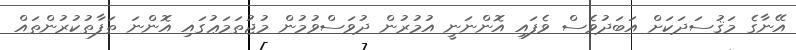
އޭނާގެ މަޤުސަދަކަށް އަބަދުވެސް ވެފައި އޮންނަނީ އުމުރުން ދުވަސްވުމުން މުޖުތަމަޢުގައި އޮންނަ ތަފާތުކުރުންތައް